Report of the Indian Hemp Drugs Commission, 1894-1895 - Volume I
Year: 1894
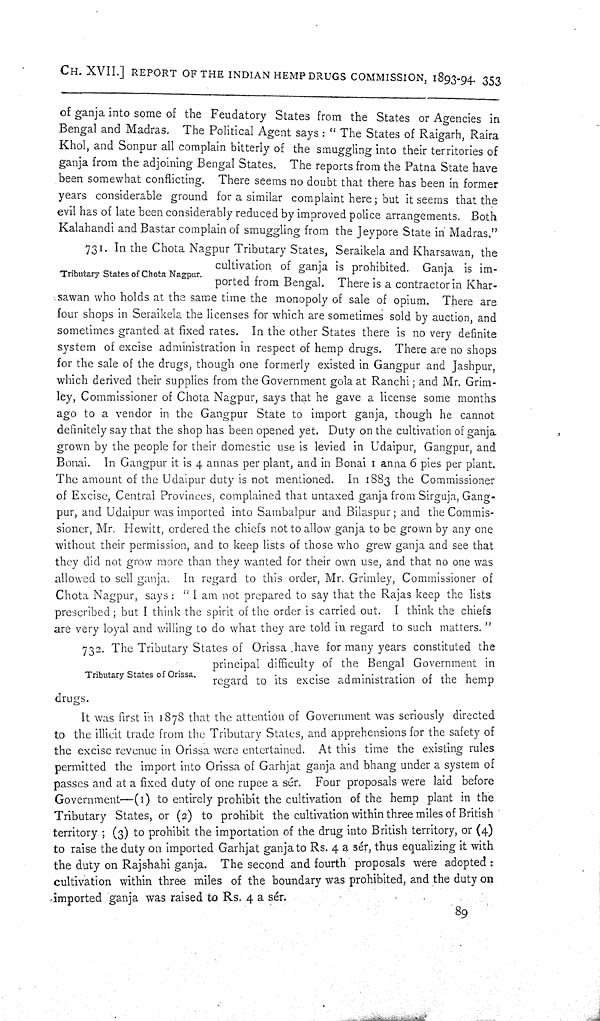
CH. XVII.] REPORT OF THE INDIAN HEMP DRUGS COMMISSION, 1893-94. 353
of ganja into some of the Feudatory States from the States or Agencies in
Bengal and Madras. The Political Agent says: "The States of Raigarh, Raira
Khol, and Sonpur all complain bitterly of the smuggling into their territories of
ganja from the adjoining Bengal States. The reports from the Patna State have
been somewhat conflicting. There seems no doubt that there has been in former
years considerable ground for a similar complaint here; but it seems that the
evil has of late been considerably reduced by improved police arrangements. Both
Kalahandi and Bastar complain of smuggling from the Jeypore State in Madras."
Tributary States of Chota Nagpur.
731. In the Chota Nagpur Tributary States, Seraikela and Kharsawan, the
cultivation of ganja is prohibited. Ganja is im-
ported from Bengal. There is a contractor in Khar-
sawan who holds at the same time the monopoly of sale of opium. There are
four shops in Seraikela the licenses for which are sometimes sold by auction, and
sometimes granted at fixed rates. In the other States there is no very definite
system of excise administration in respect of hemp drugs. There are no shops
for the sale of the drugs, though one formerly existed in Gangpur and Jashpur,
which derived their supplies from the Government gola at Ranchi; and Mr. Grim-
ley, Commissioner of Chota Nagpur, says that he gave a license some months
ago to a vendor in the Gangpur State to import ganja, though he cannot
definitely say that the shop has been opened yet. Duty on the cultivation of ganja
grown by the people for their domestic use is levied in Udaipur, Gangpur, and
Bonai. In Gangpur it is 4 annas per plant, and in Bonai 1 anna 6 pies per plant.
The amount of the Udaipur duty is not mentioned. In 1883 the Commissioner
of Excise, Central Provinces, complained that untaxed ganja from Sirguja, Gang-
pur, and Udaipur was imported into Sambalpur and Bilaspur; and the Commis-
sioner, Mr. Hewitt, ordered the chiefs not to allow ganja to be grown by any one
without their permission, and to keep lists of those who grew ganja and see that
they did not grow more than they wanted for their own use, and that no one was
allowed to sell ganja. In regard to this order, Mr. Grimley, Commissioner of
Chota Nagpur, says: "I am not prepared to say that the Rajas keep the lists
prescribed; but I think the spirit of the order is carried out. I think the chiefs
are very loyal and willing to do what they are told in regard to such matters."
Tributary States of Orissa.
732. The Tributary States of Orissa have for many years constituted the
principal difficulty of the Bengal Government in
regard to its excise administration of the hemp
drugs.
It was first in 1878 that the attention of Government was seriously directed
to the illicit trade from the Tributary States, and apprehensions for the safety of
the excise revenue in Orissa were entertained. At this time the existing rules
permitted the import into Orissa of Garhjat ganja and bhang under a system of
passes and at a fixed duty of one rupee a sér. Four proposals were laid before
Government—(1) to entirely prohibit the cultivation of the hemp plant in the
Tributary States, or (2) to prohibit the cultivation within three miles of British
territory; (3) to prohibit the importation of the drug into British territory, or (4)
to raise the duty on imported Garhjat ganja to Rs. 4 a sér, thus equalizing it with
the duty on Rajshahi ganja. The second and fourth proposals were adopted:
cultivation within three miles of the boundary was prohibited, and the duty on
imported ganja was raised to Rs. 4 a sér.
89